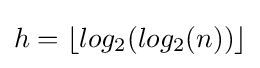
h=\lfloor log_{2}(log_{2}(n))\rfloor